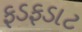
ફડફડાટ